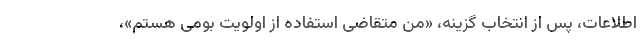
اطلاعات، پس از انتخاب گزینه، «من متقاضی استفاده از اولویت بومی هستم»،